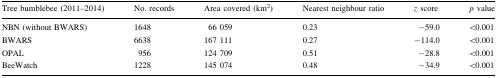
| Tree bumblebee (2011–2014) | No. records | Area covered (km2) | Nearest neighbour ratio | z score | p value |
 | --- | --- | --- | --- | --- | --- |
 | NBN (without BWARS) | 1648 | 66 059 | 0.23 | −59.0 | <0.001 |
 | BWARS | 6638 | 167 111 | 0.27 | −114.0 | <0.001 |
 | OPAL | 956 | 124 709 | 0.51 | −28.8 | <0.001 |
 | BeeWatch | 1228 | 145 074 | 0.48 | −34.9 | <0.001 |